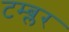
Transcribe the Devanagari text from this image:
टम्ब्लर